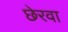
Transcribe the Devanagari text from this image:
छेरवा